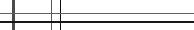
١٠٨